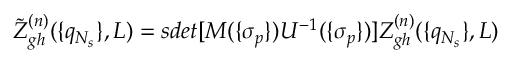
\tilde { Z } _ { g h } ^ { ( n ) } ( \{ q _ { N _ { s } } \} , L ) = s d e t [ M ( \{ \sigma _ { p } \} ) U ^ { - 1 } ( \{ \sigma _ { p } \} ) ] Z _ { g h } ^ { ( n ) } ( \{ q _ { N _ { s } } \} , L )